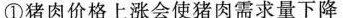
①猪肉价格上涨会使猪肉需求量下降